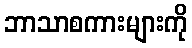
ဘာသာစကားများကို